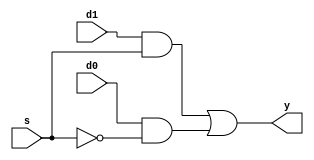
`timescale 1ns / 1ps
//////////////////////////////////////////////////////////////////////////////////
// Company: 
// Engineer: 
// 
// Design Name: 
// Module Name:    mux21s 
// Project Name: 
// Target Devices: 
// Tool versions: 
// Description: 
//
// Dependencies: 
//
// Revision: 
// Revision 0.01 - File Created
// Additional Comments: 
//
//////////////////////////////////////////////////////////////////////////////////
module mux21s(
    input d0,
    input d1,
    input s,
    output y
    );
	 wire t1,t2,sbar;
	 and a1(t1,d1,s);
	 and a2(t2,d0,sbar);
	 not n1(sbar,s);
	 or o1(y,t1,t2);
endmodule